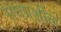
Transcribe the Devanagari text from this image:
संघषर्शील